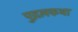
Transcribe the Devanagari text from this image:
पुद्गलकथा